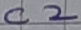
Text: C2